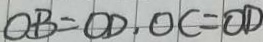
O B = O D , O C = O D